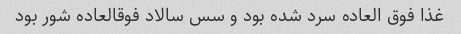
غذا فوق العاده سرد شده بود و سس سالاد فوقالعاده شور بود